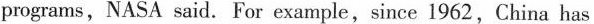
programs,NASA said. For example,since 1962, China has